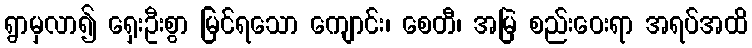
ရွာမှလာ၍ ရှေးဦးစွာ မြင်ရသော ကျောင်း၊ စေတီ၊ အမြဲ စည်းဝေးရာ အရပ်အထိ